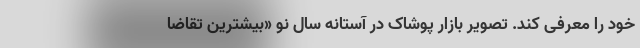
خود را معرفی کند. تصویر بازار پوشاک در آستانه سال نو «بیشترین تقاضا